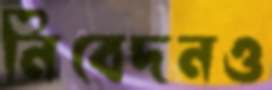
নিবেদনও